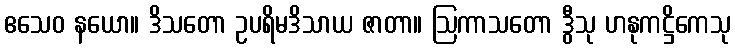
ဧသေဝ နယော။ ဒိသတော ဥပရိမဒိသာယ ဇာတာ။ ဩကာသတော ဒွီသု ဟနုကဋ္ဌိကေသု